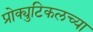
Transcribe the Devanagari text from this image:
प्रोक्युटिकलच्या